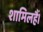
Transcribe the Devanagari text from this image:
शामिलहैं।